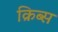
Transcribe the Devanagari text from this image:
क्रिब्स